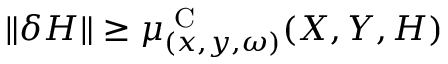
\Vert \delta H \Vert \ge \mu _ { ( x , y , \omega ) } ^ { \textrm { C } } ( X , Y , H )